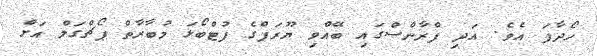
ހޯދާފަ އެވެ. އަދި ފްރާންސްގައި ބޭއްވި ޔޫރަޕްގެ ފުޓްބޯޅަ މުބާރާތް ޕޯޗްގަލް އަށް